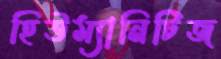
হিউম্যানিটিজ